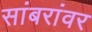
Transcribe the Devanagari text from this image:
सांबरांवर